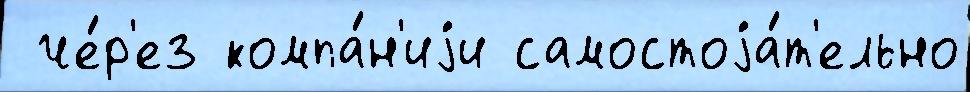
 че́р'ез компа́н'иjи самостоjа́т'ельно